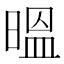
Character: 㬈